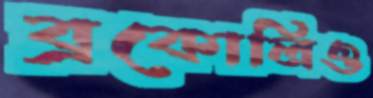
ব্রকোলিও